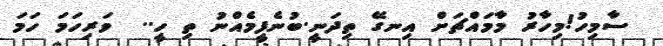
ސާމިހު!މިހާރު މާމައްޗަށް އިނގޭ ތިދަނީ.ބުނެފީމެއްނު ތި ހީ..  ވަރިހަމަ ހަމަ